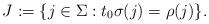
LaTeX: \begin{align*}J:=\{j\in\Sigma:t_{0}\sigma(j)=\rho(j)\}.\end{align*}